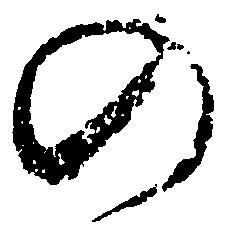
の